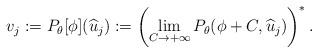
LaTeX: \begin{align*} v_j:= P_{\theta}[\phi](\widehat{u}_j):= \left( \lim_{C\to +\infty} P_{\theta}(\phi+C,\widehat{u}_j) \right)^*. \end{align*}